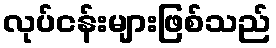
လုပ်ငန်းများဖြစ်သည်